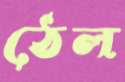
ঠেল